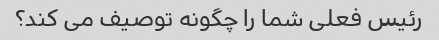
رئیس فعلی شما را چگونه توصیف می کند؟